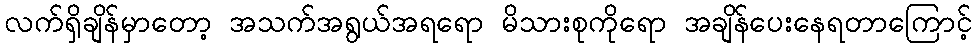
လက်ရှိချိန်မှာတော့ အသက်အရွယ်အရရော မိသားစုကိုရော အချိန်ပေးနေရတာကြောင့်